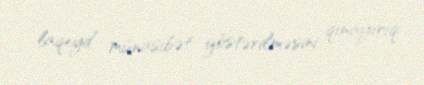
laqeyd münasibət göstərilməsini qınayırıq.